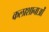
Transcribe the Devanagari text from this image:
कलाशानाओं